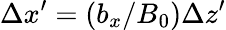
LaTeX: \Delta x^{\prime}=(b_{x}/B_{0})\Delta z^{\prime}